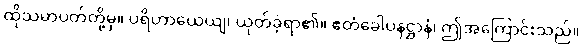
ထိုသမာပတ်တို့မှ။ ပရိဟာယေယျ၊ ယုတ်ခဲ့ရာ၏။ ဧတံခေါပနဋ္ဌာနံ၊ ဤအကြောင်းသည်။